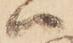
ハ